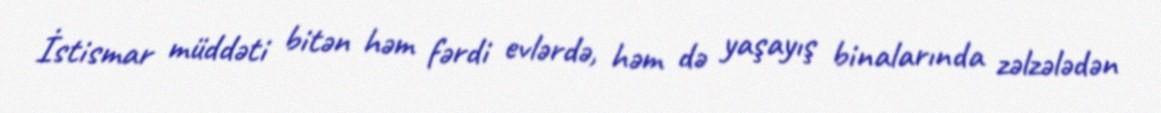
İstismar müddəti bitən həm fərdi evlərdə, həm də yaşayış binalarında zəlzələdən